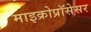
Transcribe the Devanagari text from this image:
माइक्रोप्रॉसेसर